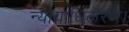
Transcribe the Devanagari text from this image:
न्यायाधिकरण।